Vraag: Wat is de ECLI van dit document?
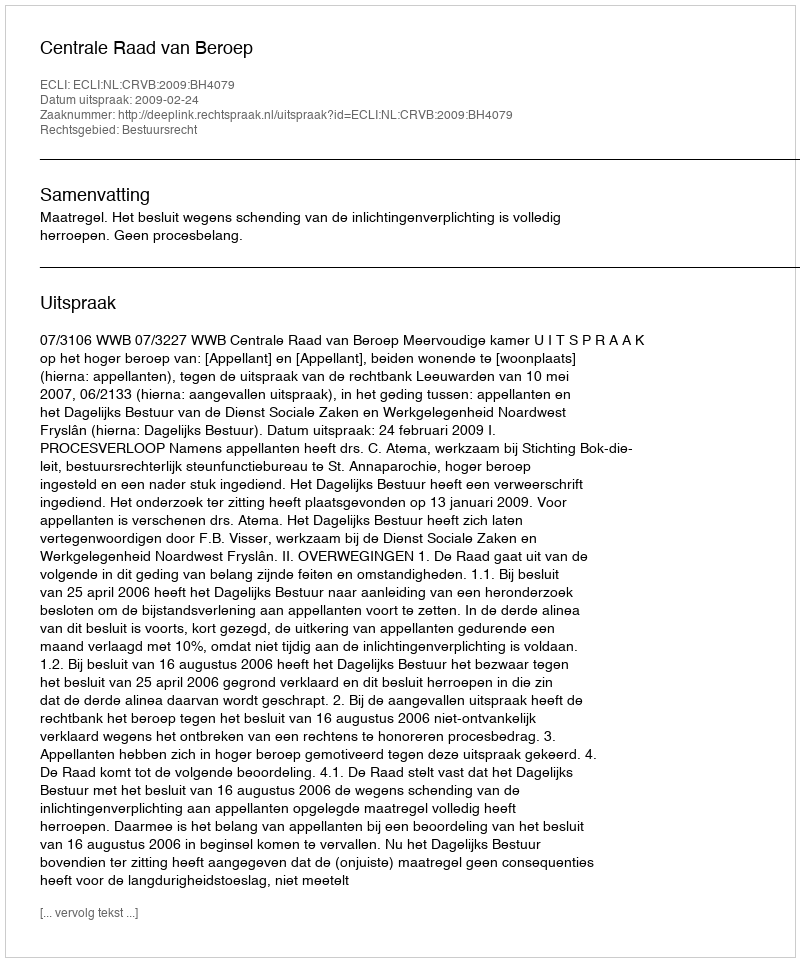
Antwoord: ECLI:NL:CRVB:2009:BH4079